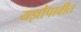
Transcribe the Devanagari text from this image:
यज्ञोपावीत